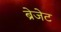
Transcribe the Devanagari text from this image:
ब्रेजेट